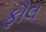
ફૌલ